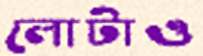
লোটাও